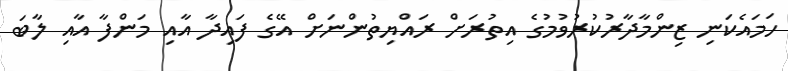
ހަމައެކަނި ޒިންމާދާރުކުރުވުމުގެ އިތުރަށް ރައްޔިތުންނަށް އޭގެ ފައިދާ އާއި މަންފާ އާއި ލާބަ